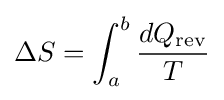
\Delta S=\int _{a}^{b}{\frac {dQ_{\text{rev}}}{T}}